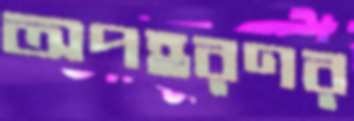
অপহরণর